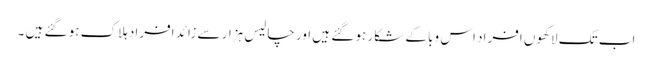
اب تک لاکھوں افراد اس وبا کے شکار ہو گئے ہیں اور چالیس ہزار سے زائد افراد ہلاک ہو گئے ہیں ۔